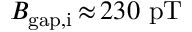
B _ { \mathrm { g a p , i } } \, { \approx } \, 2 3 0 ~ \mathrm { p T }